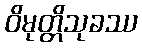
ဝိမုတ္တိသုခဿ